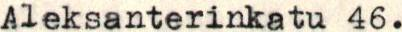
Aleksanterinkatu 46.